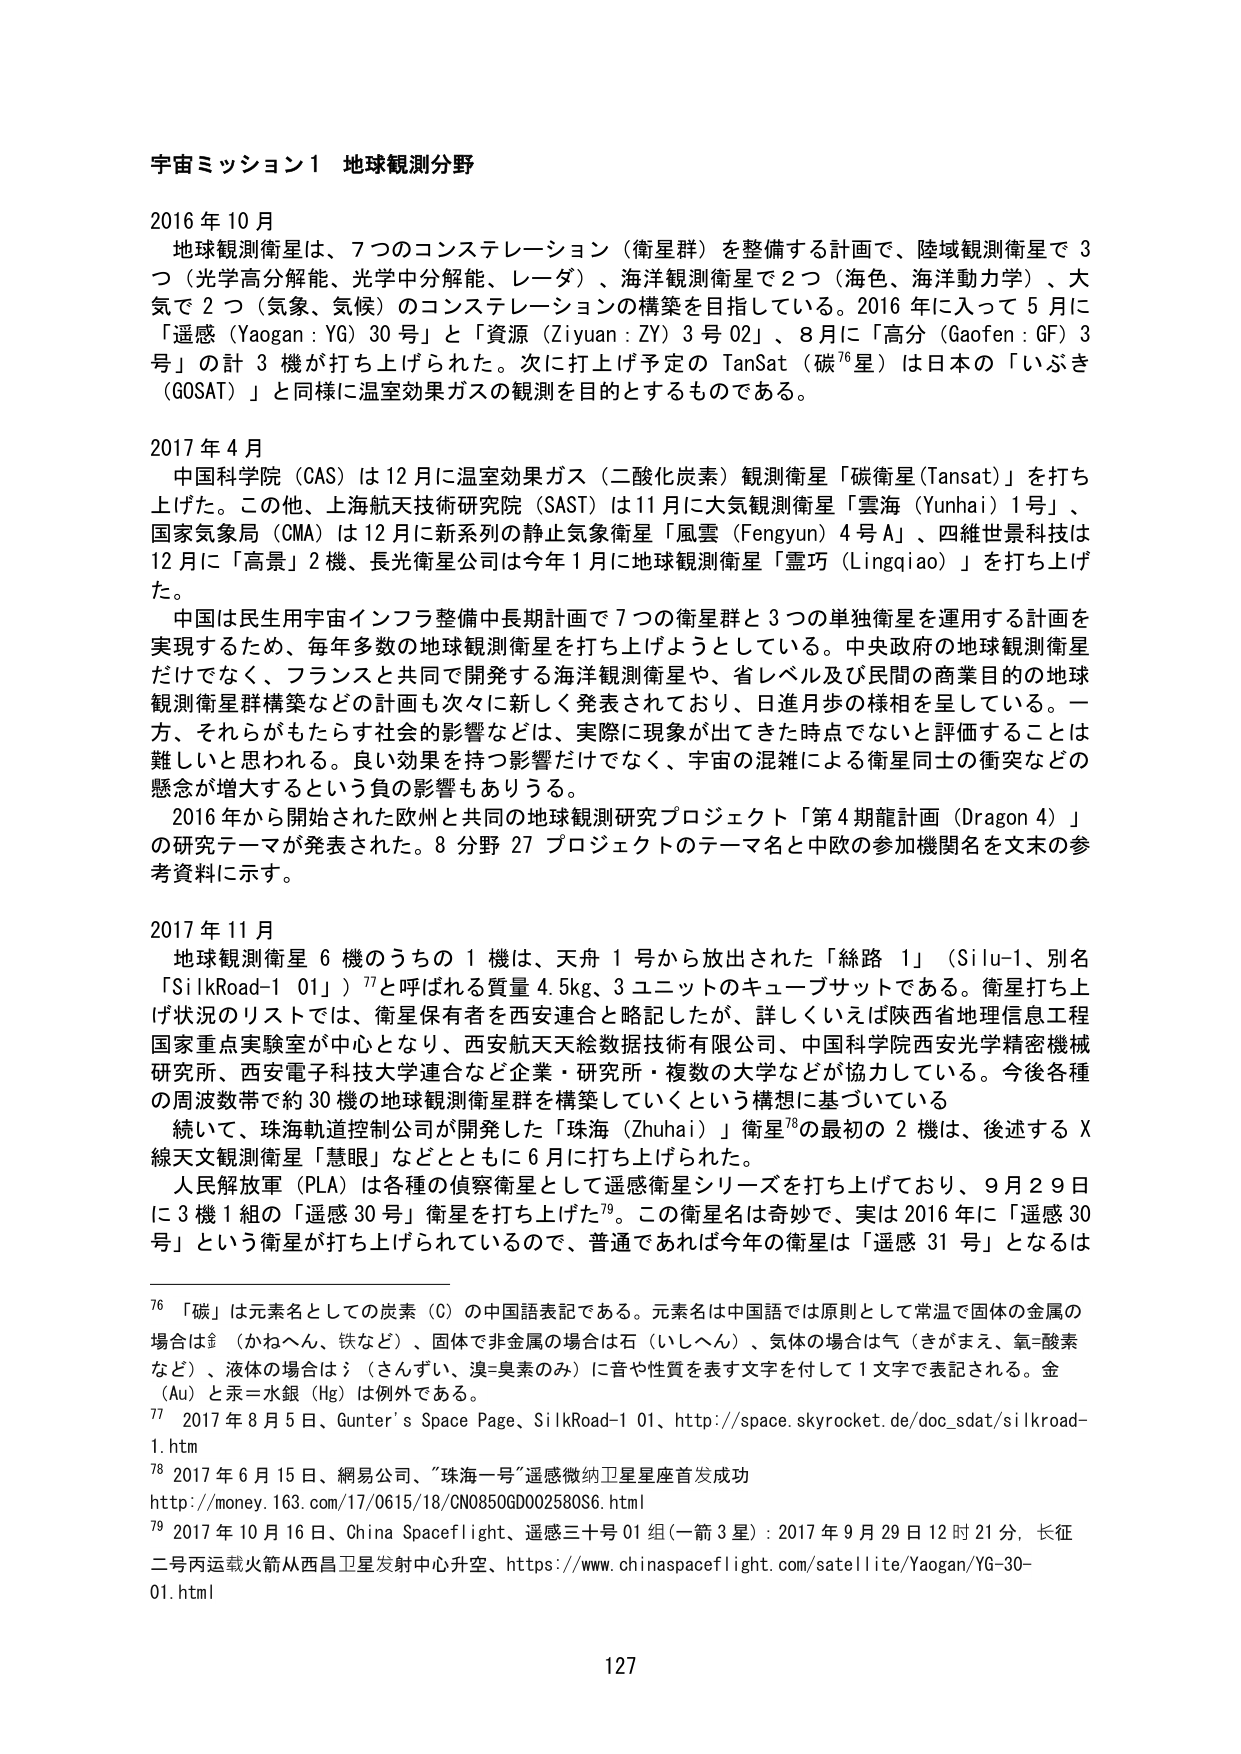
宇宙ミッション1 地球観測分野

2016年10月
地球観測衛星は、7つのコンステレーション（衛星群）を整備する計画で、陸域観測衛星で3つ（光学高分解能、光学中分解能、レーダ）、海洋観測衛星で2つ（海色、海洋動力学）、大気で2つ（気象、気候）のコンステレーションの構築を目指している。2016年に入って5月に「遥感（Yaogan：YG）30号」と「資源（Ziyuan：ZY）3号02」、8月に「高分（Gaofen：GF）3号」の計3機が打ち上げられた。次に打ち上げ予定のTanSat（碳⁷⁶星）は日本の「いぶき（GOSAT）」と同様に温室効果ガスの観測を目的とするものである。

2017年4月
中国科学院（CAS）は12月に温室効果ガス（二酸化炭素）観測衛星「碳衛星（Tansat）」を打ち上げた。この他、上海航天技術研究院（SAST）は11月に大気観測衛星「雲海（Yunhai）1号」、国家気象局（CMA）は12月に新系列の静止気象衛星「風雲（Fengyun）4号A」、四維世景科技は12月に「高景」2機、長光衛星公司は今年1月に地球観測衛星「霊巧（Lingqiao）」を打ち上げた。
中国は民生用宇宙インフラ整備中長期計画で7つの衛星群と3つの単独衛星を運用する計画を実現するため、毎年多数の地球観測衛星を打ち上げようとしている。中央政府の地球観測衛星だけでなく、フランスと共同で開発する海洋観測衛星や、省レベル及び民間の商業目的の地球観測衛星群構築などの計画も次々に新しく発表されており、日進月歩の様相を呈している。一方、それらがもたらす社会的影響などは、実際に現象が出てきた時点でないと評価することは難しいと思われる。良い効果を持つ影響だけでなく、宇宙の混雑による衛星同士の衝突などの懸念が増大するという負の影響もありうる。
2016年から開始された欧州と共同の地球観測研究プロジェクト「第4期龍計画（Dragon 4）」の研究テーマが発表された。8分野27プロジェクトのテーマ名と中欧の参加関名を文末の参考資料に示す。

2017年11月
地球観測衛星6機のうちの1機は、天舟1号から放出された「絲路1」（Silu-1、別名「SilkRoad-1 01」）⁷⁷と呼ばれる質量4.5kg、3ユニットのキューブサットである。衛星打ち上げ状況のリストでは、衛星保有者を西安連合と略記したが、詳しくいえば陝西省地理信息工程国家重点実験室が中心となり、西安航天天絵データ技術有限公司、中国科学院西安光学精密機械研究所、西安電子科技大学連合など企業・研究所・複数の大学などが協力している。今後各種の周波数帯で約30機の地球観測衛星群を構築していくという構想に基づいている
続いて、珠海軌道控制公司が開発した「珠海（Zhuhai）」衛星⁷⁸の最初の2機は、後述するX線天文観測衛星「慧眼」などとともに6月に打ち上げられた。
人民解放軍（PLA）は各種の偵察衛星として遥感衛星シリーズを打ち上げており、9月29日に3機1組の「遥感30号」衛星を打ち上げた⁷⁹。この衛星名は奇妙で、実は2016年に「遥感30号」という衛星が打ち上げられているので、普通であれば今年の衛星は「遥感31号」となるはず

⁷⁶ 「碳」は元素名としての炭素（C）の中国語表記である。元素名は中国語では原則として常温で固体の金属の場合は金（かねへん、鉄など）、固体で非金属の場合は石（いしへん）、気体の場合は气（きがまえ、氧=酸素など）、液体の場合は氵（さんずい、溴=臭素のみ）に音や性質を表す文字を付して1文字で表記される。金（Au）と汞=水銀（Hg）は例外である。
⁷⁷ 2017年8月5日、Gunter's Space Page、SilkRoad-1 01、http://space.skyrocket.de/doc_sdat/silkroad-1.htm
⁷⁸ 2017年6月15日、網易公司、「珠海一号」遥感微纳卫星星座首发成功 http://money.163.com/17/0615/18/CN0850GD002580S6.html
⁷⁹ 2017年10月16日、China Spaceflight、遥感三十号01组（一箭3星）：2017年9月29日12时21分，长征二号丙运载火箭从西昌卫星发射中心升空、https://www.chinaspaceflight.com/satellite/Yaogan/YG-30-01.html

127